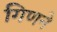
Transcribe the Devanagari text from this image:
गिणने